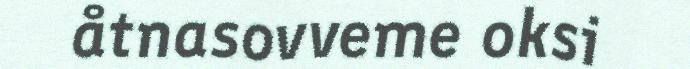
åtnasovveme oksi